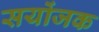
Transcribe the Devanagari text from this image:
सयोंजक